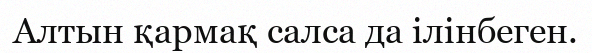
Алтын қармақ салса да ілінбеген.